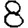
Digit: 8